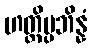
ဟတ္ထိပ္ပဘိန္နံ